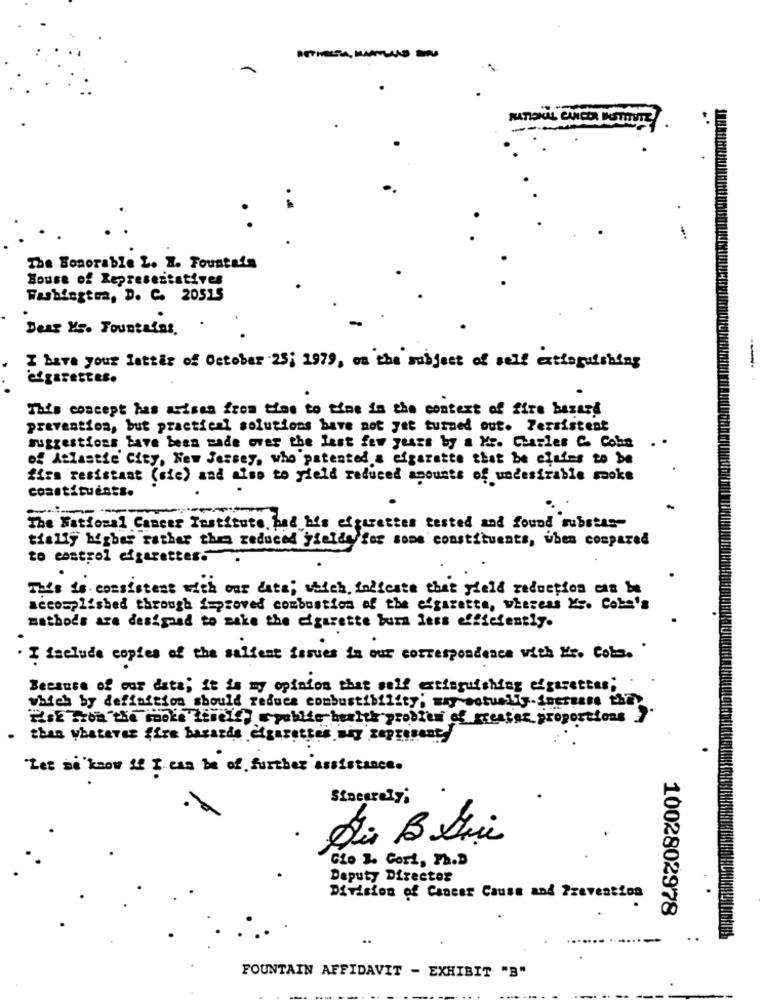
NATIONAL CHICO MOSTINTE
-
The Honorable L. I. Fountain
House of Representatives
Washington, D. C. 20515
Dear Mr. Tountadas.
I have your letter of October 25; 1979, on the subject of self extinguishing
--
This concept has arises from ties to time in the context of fire hazard
prevention, but practical solutions have not yet turned out. Persistent
suggestions bave been made over the last few years by a Mr. Charles C. Cohn
of Atlantic City, New Jersey, who patented a cigarette that be claims to be
firm resistant (sie) and also to yield reduced amounts of undesirable sooks
constituents.
The National Cancer Institute bod his efgirettes tested and found substan
tially Migber rather them reduced fieldy for some constituents, when compared
to control cigarettes.
This is consistent with our data; which indicate that yield reduction can be
accomplished through improved combustion of the efgarette, whereas Mr. Com's
methods are designed to make the cigarette burn less efficiently.
. I iselude copies of the salfent issues in our correspondence with Mr. Cobs. '
Because of our date; it is my opinion that self extinguishing edgarettes;
which by definition should reduce combustibility; may actually- Successe they
PisE Tron the rocks Livelli "public health problem of restar proportions1
than whatever ffre basarde cigarettes wig zepresent
Let si'know if I can be of further assistance.
Sincerely;
Cio 3. Gori, Ph.D
Deputy Director
Division of Cancer Cause and Prevention
1002802978
FOUNTAIN AFFIDAVIT - EXHIBIT "B"